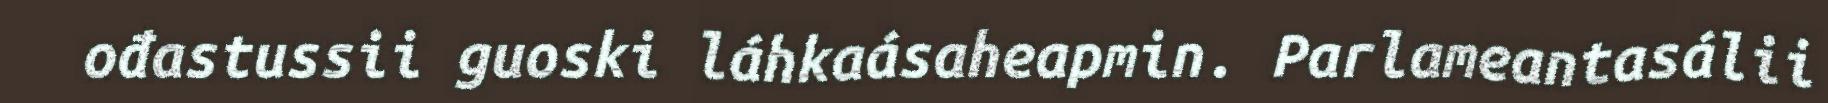
ođastussii guoski láhkaásaheapmin. Parlameantasálii